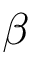
\beta